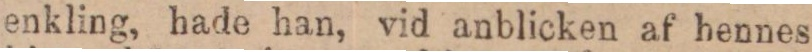
enkling, hade han, vid anblicken af hennes